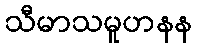
သီမာသမူဟနန